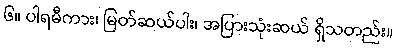
၆။ ပါရမီကား၊ မြတ်ဆယ်ပါး၊ အပြားသုံးဆယ် ရှိသတည်း။